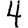
Digit: 4